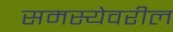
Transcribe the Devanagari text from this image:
समस्येवरील